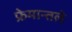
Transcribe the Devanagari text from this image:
फ्रेमान्तले